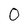
Character: O